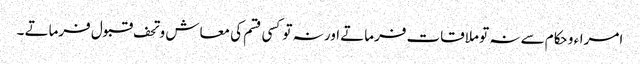
امراء و حکام سے نہ تو ملاقات فرماتے اور نہ تو کسی قسم کی معاش و تحف قبول فرماتے ۔